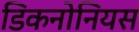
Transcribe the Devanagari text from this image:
डिकनोनियस